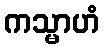
ကသ္မာဟံ